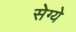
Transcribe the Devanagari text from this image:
सेग्ये